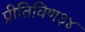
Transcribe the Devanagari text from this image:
प्रीतिविण३४